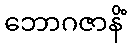
ဘောဂဇာနိံ